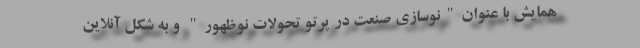
همایش با عنوان"نوسازی صنعت در پرتو تحولات نوظهور" و به شکل آنلاین